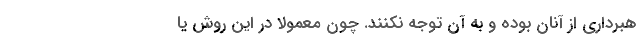
هبرداری از آنان بوده و به آن توجه نکنند. چون معمولا در این روش یا